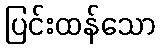
ပြင်းထန်သော